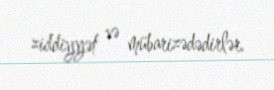
ziddiyyət və mübarizədədirlər.